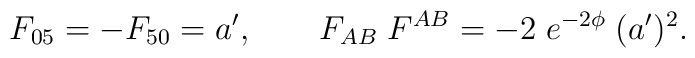
F_{05} = - F_{50}  =  a',\qquad F_{AB} \; F^{AB}  =  -2 \; e^{-2\phi} \; (a')^2.